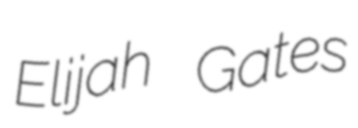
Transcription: Elijah Gates